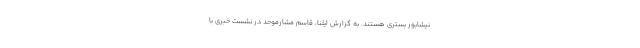
نیشابور بستری هستند. به گزارش ایلنا، قاسم مشارموحد در نشست خبری با